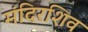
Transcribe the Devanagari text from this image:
मंदिरशिव